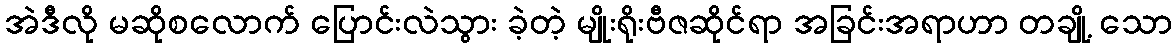
အဲဒီလို မဆိုစလောက် ပြောင်းလဲသွား ခဲ့တဲ့ မျိုးရိုးဗီဇဆိုင်ရာ အခြင်းအရာဟာ တချို့ သော